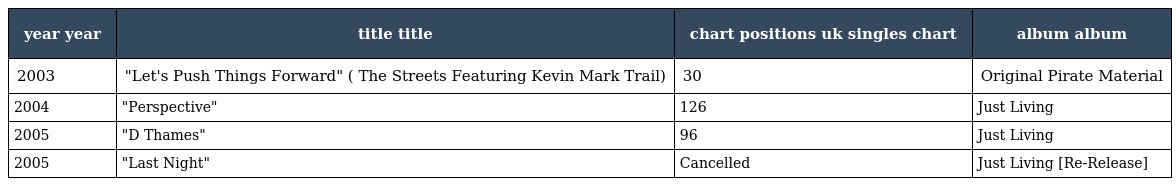
| year year | title title | chart positions uk singles chart | album album |
 | --- | --- | --- | --- |
 | 2003 | "Let's Push Things Forward" ( The Streets Featuring Kevin Mark Trail) | 30 | Original Pirate Material |
 | 2004 | "Perspective" | 126 | Just Living |
 | 2005 | "D Thames" | 96 | Just Living |
 | 2005 | "Last Night" | Cancelled | Just Living [Re-Release] |